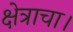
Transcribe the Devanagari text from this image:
क्षेत्राचा।